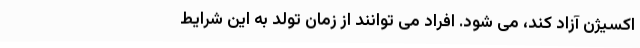
اکسیژن آزاد کند، می شود. افراد می توانند از زمان تولد به این شرایط